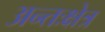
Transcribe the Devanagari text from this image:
अन्तःक्षेत्र